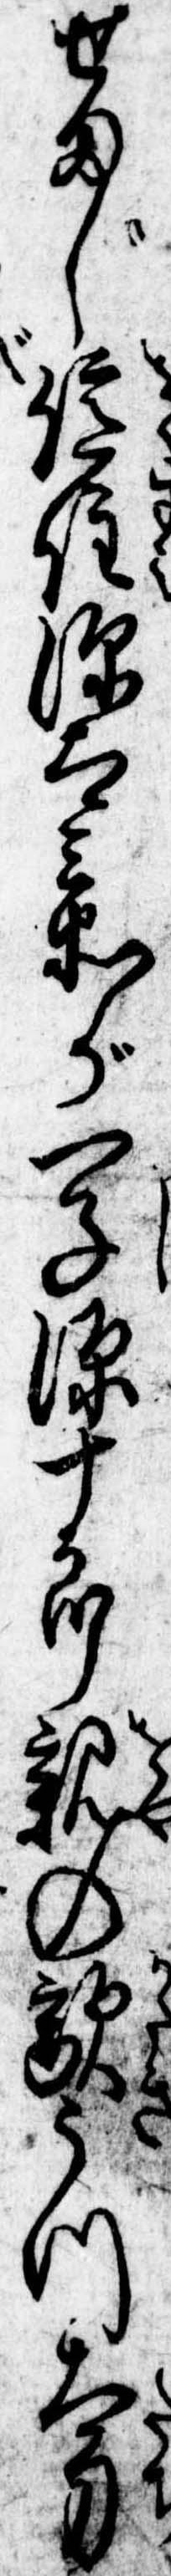
せまじ億住源太兵衛が一子源十郎親の敵うつ太刀